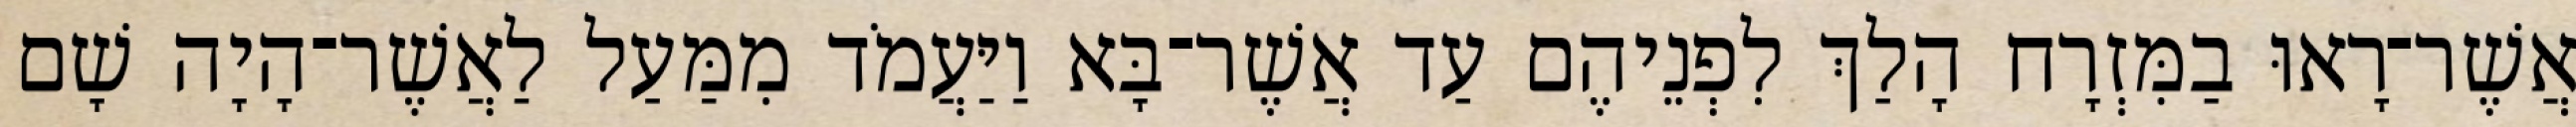
אֲשֶׁר־רָאוּ בַמִּזְרָח הָלַךְ לִפְנֵיהֶם עַד אֲשֶׁר־בָּא וַיַּעֲמֹד מִמַּעַל לַאֲשֶׁר־הָיָה שָׁם